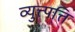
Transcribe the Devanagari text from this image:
व्युत्त्पत्ति